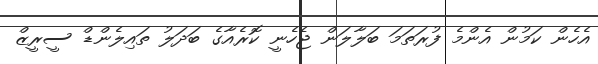
އެހެން ކަމުން އެންމެ ފުރަތަމަ ބަލާލަން ޖެހެނީ ކޮރެއާގެ ބަދަލު ތައިލެންޑް ސީރީޒް